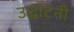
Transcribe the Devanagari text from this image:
उद्घाटनी